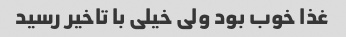
غذا خوب بود ولی خیلی با تاخیر رسید